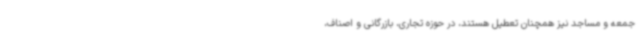
جمعه و مساجد نیز همچنان تعطیل هستند، در حوزه تجاری، بازرگانی و اصناف،